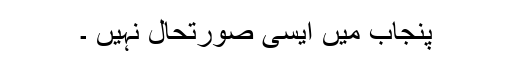
پنجاب میں ایسی صورتحال نہیں ۔